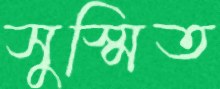
সুস্মিত